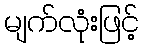
မျက်လုံးဖြင့်